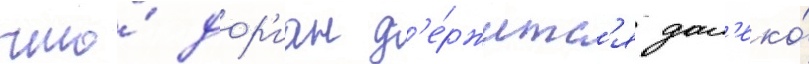
что́ дор'иан д'е́ржитс'я дал'еко́